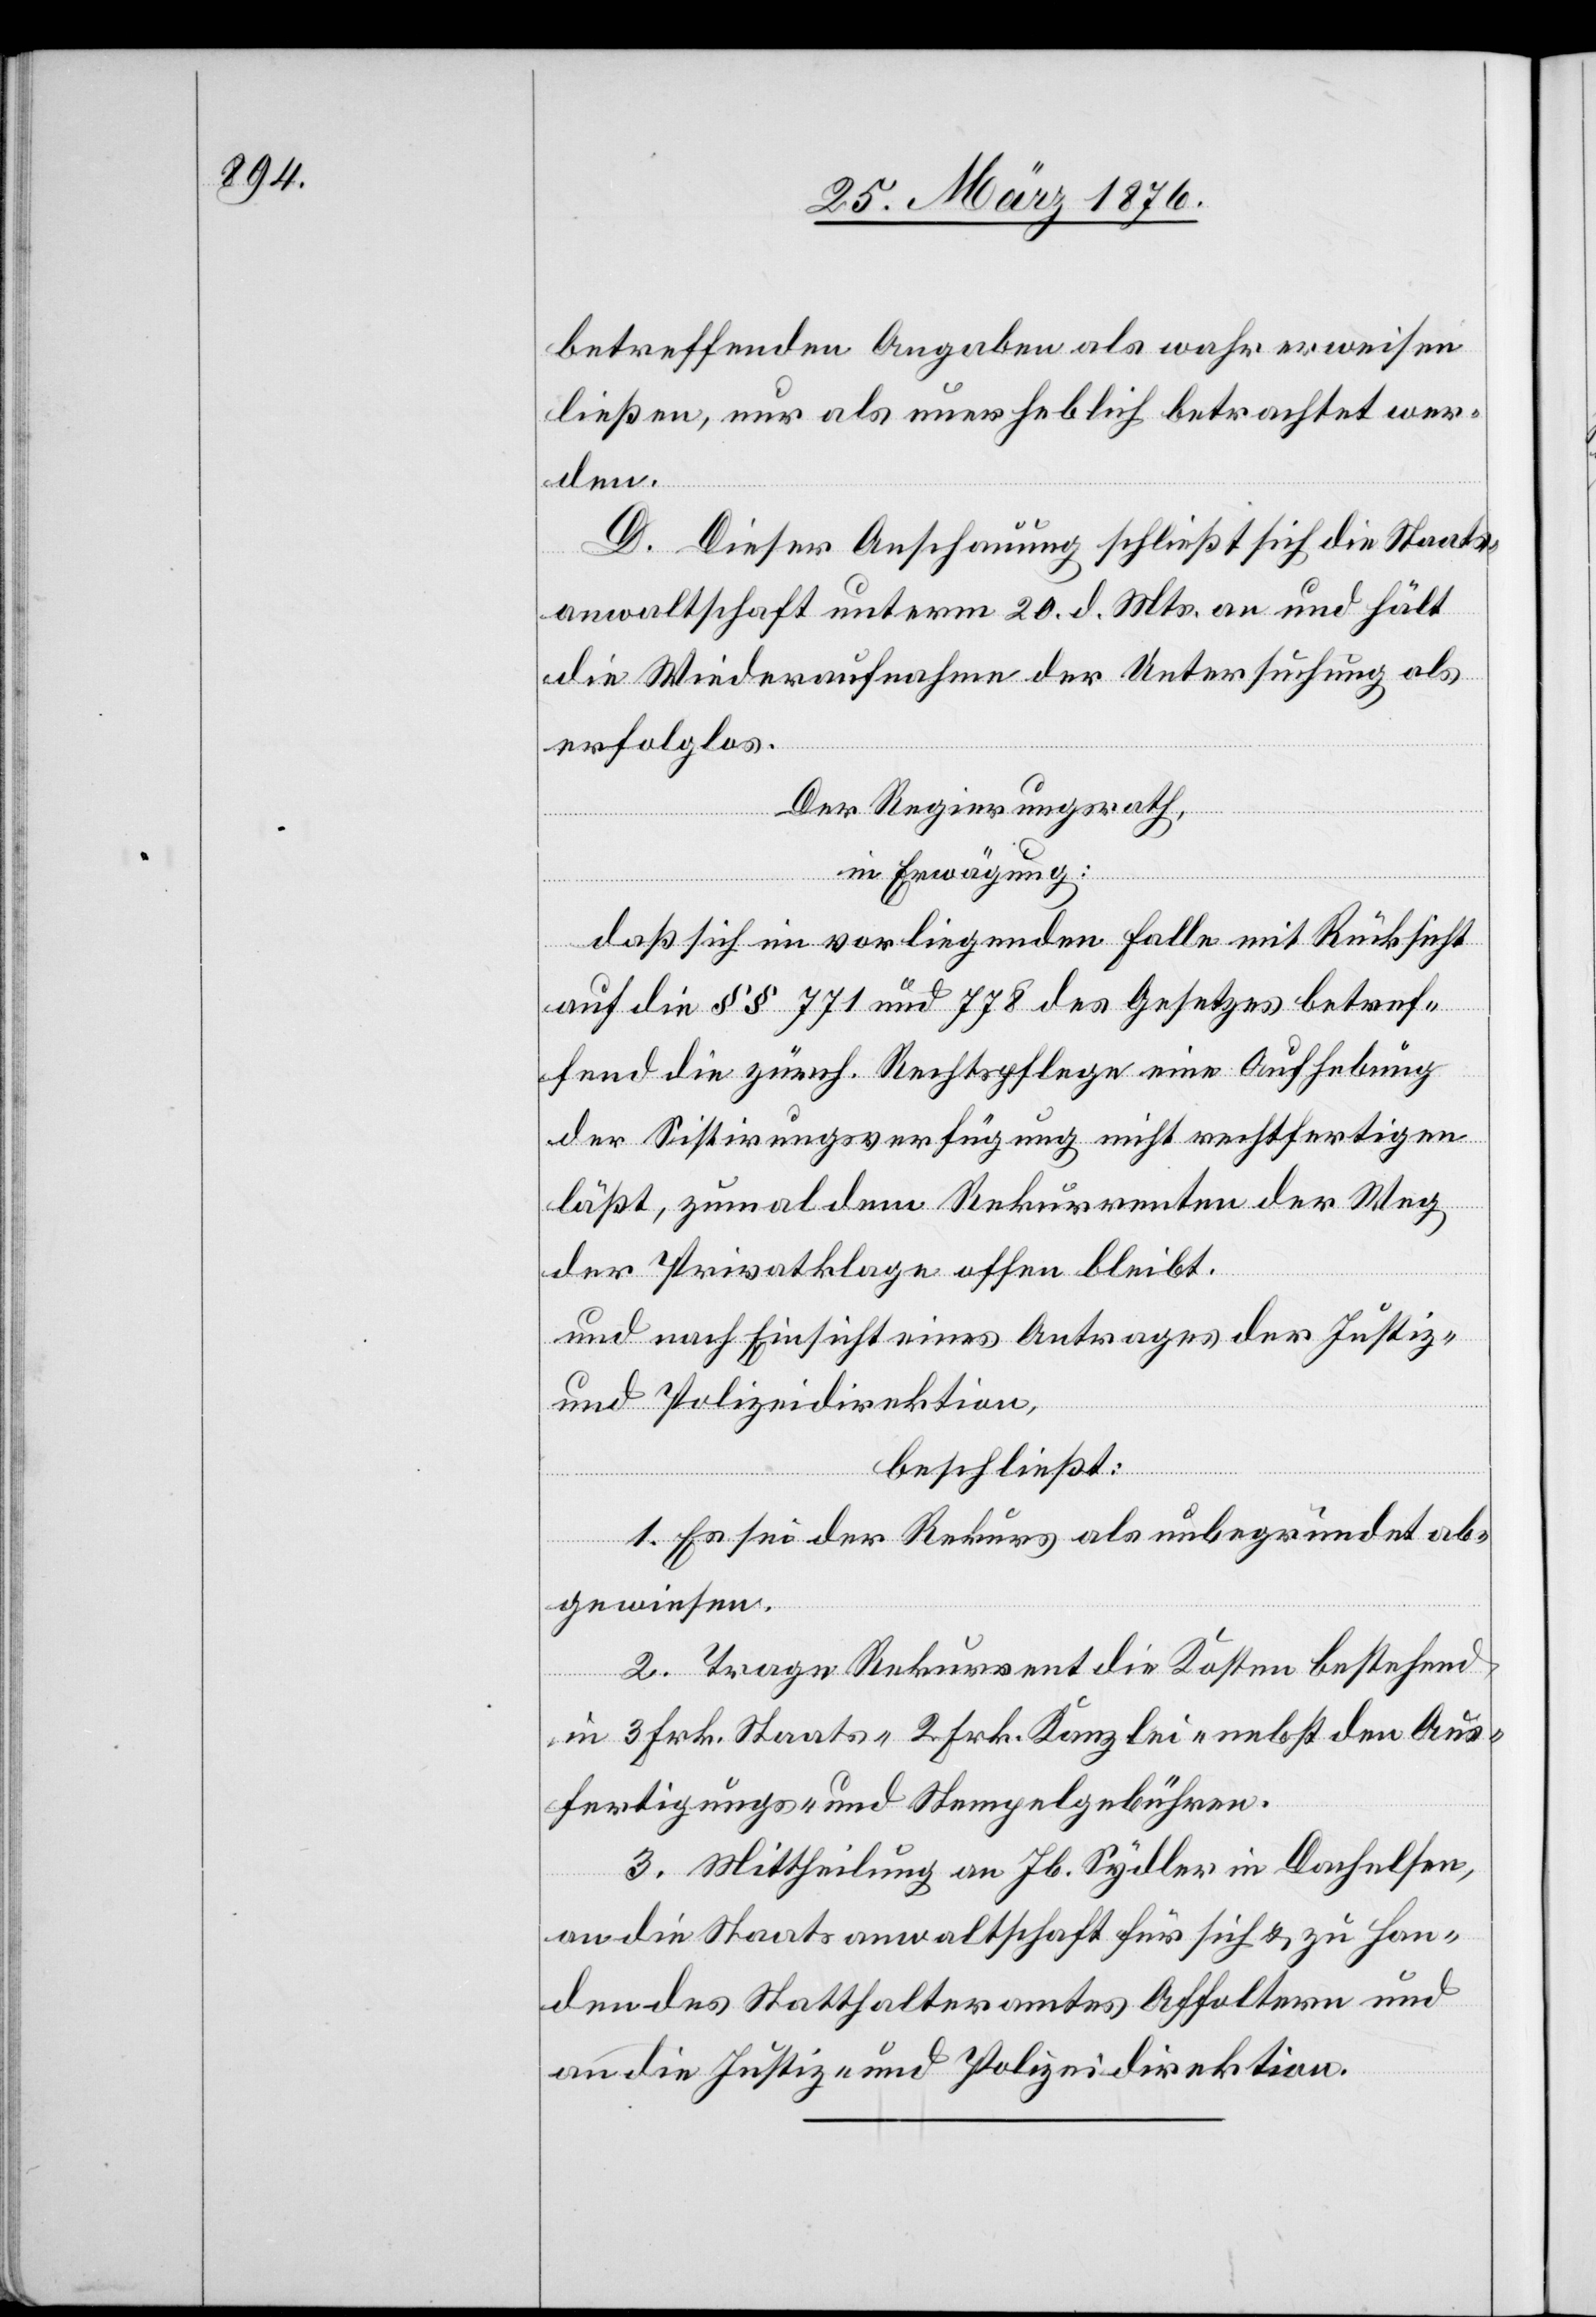
betreffenden Angaben als wahr erweisen
ließen, nur als unerheblich betrachtet wer¬
den.
D. Dieser Ansuchung schließt sich die Staats¬
anwaltschaft unter 20. d. Mts. an und hält
die Wideraufnahme der Untersuchung als
erfolglos.
Der Regierungsrath,
in Erwägung:
daß sich im vorliegenden Falle mit Rücksicht
auf die §§ 771 und 778 des Gesetzes betref¬
fend die zürch. Rechtspflege eine Aufhebung
der Sistirungsverfügung nicht rechtfertigen
läßt, zumal dem Rekurrenten der Weg
der Privatklage offen bleibt.
und nach Einsicht eines Antrages der Justiz-
und Polizeidirektion,
beschließt:
1. Es sei der Rekurs als unbegründet ab¬
gewiesen.
2. Trage der Rekurrent die Kosten betreffend
in 3 Frk. Staats- 2 Frk. Kanzlei- nebst den Aus¬
fertigungs- und Stempelgebühren.
3. Mittheilung an Jb. Sydler in Dachelsen,
an die Staatsanwaltschaft für sich & zu Han¬
den des Statthalteramtes Affoltern und
an die Justiz- und Polizeidirektion.